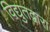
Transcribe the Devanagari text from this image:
विद्युतद्वारा